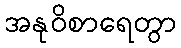
အနုဝိစာရေတွာ